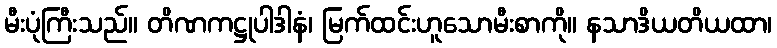
မီးပုံကြီးသည်။ တိဏကဋ္ဌုပါဒါနံ၊ မြက်ထင်းဟူသောမီးစာကို။ နသာဒိယတိယထာ၊